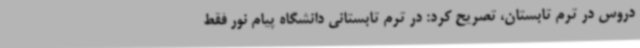
دروس در ترم تابستان، تصریح کرد: در ترم تابستانی دانشگاه پیام نور فقط